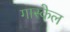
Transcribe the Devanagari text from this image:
गास्केल